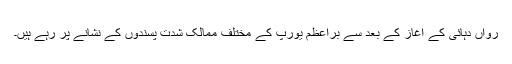
رواں دہائی کے آغاز کے بعد سے براعظم یورپ کے مختلف ممالک شدت پسندوں کے نشانے پر رہے ہیں۔